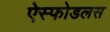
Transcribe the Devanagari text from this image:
ऐस्फोडलस